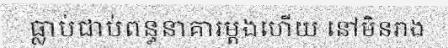
ធ្លាប់ជាប់ពន្ធនាគារម្តងហើយ នៅមិនរាង